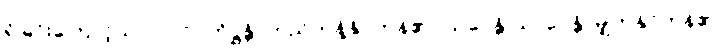
ရှိခြင်းကြောင့်သာ။ {၀၇} တိဋ္ဌန္တိ၊ တည်တန့်နိုင်ကုန်၏။ ယပေန္တိ ယာပေန္တိ၊ မျှတနိုင်ကုန်၏၊